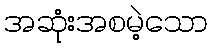
အဆုံးအစမဲ့သော